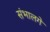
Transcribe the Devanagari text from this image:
संभालगे